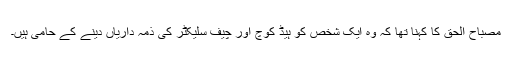
مصباح الحق کا کہنا تھا کہ وہ ایک شخص کو ہیڈ کوچ اور چیف سلیکٹر کی ذمہ داریاں دینے کے حامی ہیں۔